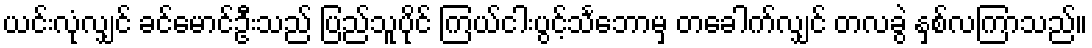
ယင်းလုံလျှင် ခင်မောင်ဦးသည် ပြည်သူပိုင် ကြယ်ငါးပွင့်သင်္ဘောမှ တခေါက်လျှင် တလခွဲ နှစ်လကြာသည်။